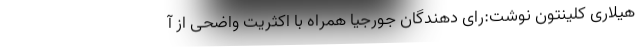
هیلاری کلینتون نوشت:رای دهندگان جورجیا همراه با اکثریت واضحی از آ